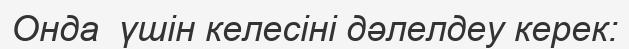
Онда  үшін келесіні дәлелдеу керек: